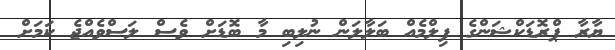
ޔާރާ ޕްރޮޑަކްޝަންގެ ފިލްމެއް ބަލާލަން ނުލިބި މާ ބޮޑަށް ވެސް ލަސްވެއްޖެ ކަަމަށް